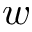
w